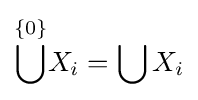
{\overset {\{0\}}{\bigcup }}X_{i}=\bigcup X_{i}